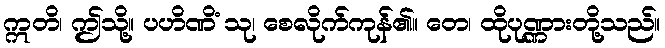
ဣတိ၊ ဤသို့။ ပဟိဏိံ သု၊ စေလိုက်ကုန်၏။ တေ၊ ထိုပုဏ္ဏားတို့သည်။